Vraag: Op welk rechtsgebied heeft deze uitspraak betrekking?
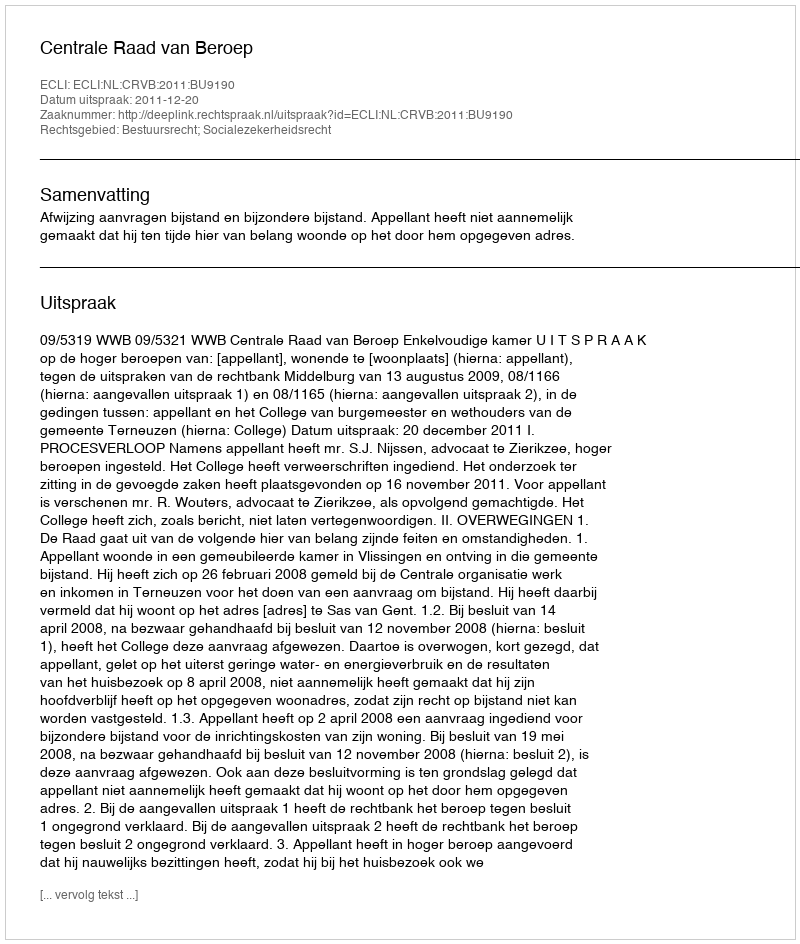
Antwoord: Bestuursrecht; Socialezekerheidsrecht